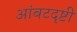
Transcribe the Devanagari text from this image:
आंबटदृष्टी